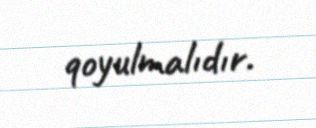
qoyulmalıdır.